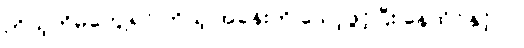
ကိုယ့်ကိုမတွေ့ရင် ကိုယ့် အခန်းကို သော့ဖွင့်ပြီး နေထိုင်နှင့်ပါ။